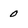
Character: 0